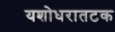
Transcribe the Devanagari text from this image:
यशोधरातटक